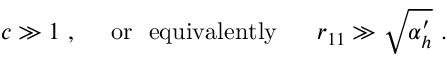
c \gg 1 \ , \ \ \ \ \mathrm { o r \ \ e q u i v a l e n t l y } \ \ \ \ \ r _ { 1 1 } \gg \sqrt { \alpha _ { h } ^ { \prime } } \ .